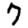
Digit: 7